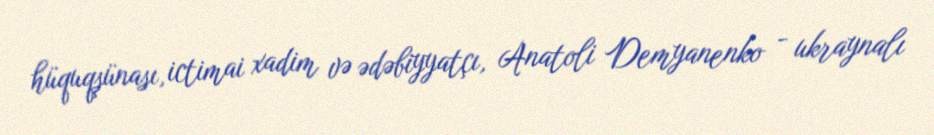
hüquqşünası, ictimai xadim və ədəbiyyatçı, Anatoli Demyanenko - ukraynalı